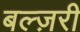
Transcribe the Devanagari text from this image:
बल्ज़री